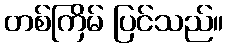
တစ်ကြိမ် ပြင်သည်။